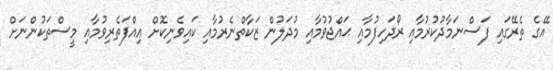
އޭގެ ތެރޭގައި ފަސްނަމާދުކުރުމާއި ރޯދަހިފުމާއި ޙައްޖުވުމާއި މުދަލުން ޒަކާތްނެރުމާއި ކައިވެނިކޮށް ޢިއްފަތެރިވުމާއި މީސްތަކުންނަށް